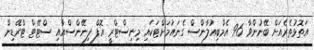
އަތޮޅުތެރެއަށް ބޭނުންވާ 96 އެމްބިއުލާންސް ގެނައުމަށްޓަކައި މިނިސްޓްރީ އޮފް ފިނޭންސްއާއި ސްޓޭޓް ޓްރޭޑިން